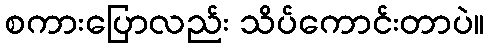
စကားပြောလည်း သိပ်ကောင်းတာပဲ။